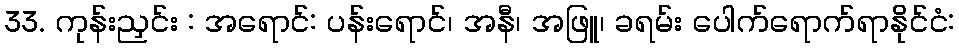
33. ကုန်းညှင်း : အရောင်: ပန်းရောင်၊ အနီ၊ အဖြူ၊ ခရမ်း ပေါက်ရောက်ရာနိုင်ငံ: